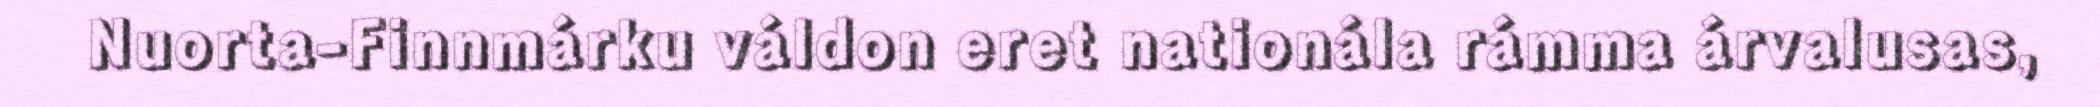
Nuorta-Finnmárku váldon eret nationála rámma árvalusas,